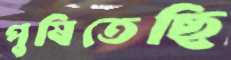
পুষিতেছি